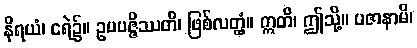
နိရယံ၊ ငရဲ၌။ ဥပပဇ္ဇိဿတိ၊ ဖြစ်လတ္တံ့။ ဣတိ၊ ဤသို့။ ပဇာနာမိ၊